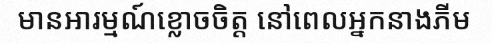
មានអារម្មណ៍ខ្លោចចិត្ត នៅពេលអ្នកនាងភីម